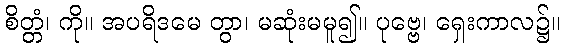
စိတ္တံ၊ ကို။ အပရိဒမေ တွာ၊ မဆုံးမမူ၍။ ပုဗ္ဗေ၊ ရှေးကာလ၌။